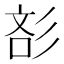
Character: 𰐪